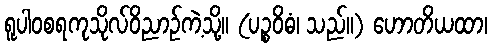
ရူပါဝစရကုသိုလ်ဝိညာဉ်ကဲ့သို့။ (ပဉ္စဝိဓံ၊ သည်။) ဟောတိယထာ၊